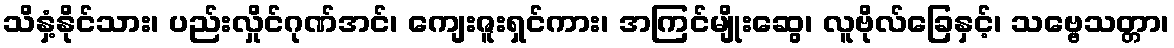
သိနှံ့နိုင်သား၊ ပည်းလှိုင်ဂုဏ်အင်၊ ကျေးဇူးရှင်ကား၊ အကြင်မျိုးဆွေ၊ လူဗိုလ်ခြေနှင့်၊ သဗ္ဗေသတ္တာ၊